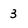
Character: 3